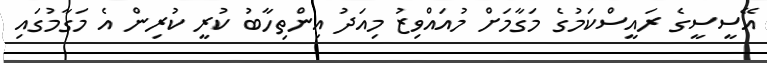
އޭސީސީގެ ރައީސްކަމުގެ މަގާމަށް މުއައްވިޒު މިއަދު އިންތިހާބު ކުރީ ކުރިން އެ މަގާމުގައި